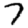
Digit: 7